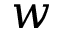
w